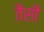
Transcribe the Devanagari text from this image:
तैसीं